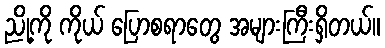
ညို့ကို ကိုယ် ပြောစရာတွေ အများကြီးရှိတယ်။